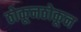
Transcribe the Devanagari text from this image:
ठोकूनठोकून